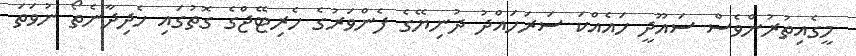
މީގެއިތުރުންވެސް ސައޫދީ ހައެއްކަ ސަރަހައްދު ދުނިޔޭގެ ފެންވަރުގެ ހެރިޓޭޖްގެ ގޮތުގައި ހެދިދާނެތޯ ނުވަތަ